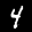
Label: 4